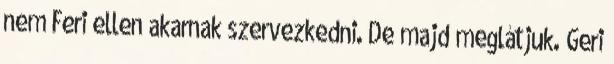
nem Feri ellen akarnak szervezkedni. De majd meglátjuk. Geri